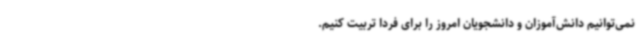
نمی‌توانیم دانش‌آموزان و دانشجویان امروز را برای فردا تربیت کنیم.